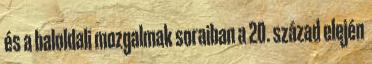
és a baloldali mozgalmak soraiban a 20. század elején